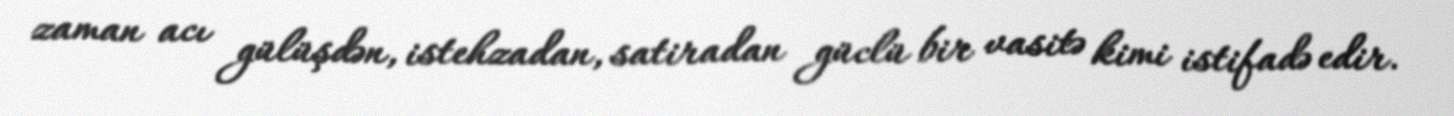
zaman acı gülüşdən, istehzadan, satiradan güclü bir vasitə kimi istifadə edir.